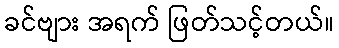
ခင်ဗျား အရက် ဖြတ်သင့်တယ်။